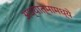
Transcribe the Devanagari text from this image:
अध्यात्मामध्ये